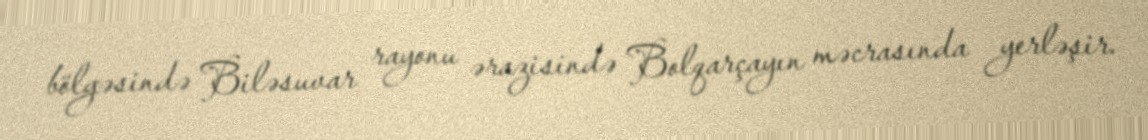
bölgəsində Biləsuvar rayonu ərazisində Bolqarçayın məcrasında yerləşir.